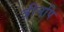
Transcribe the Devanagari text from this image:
त्रीनपि